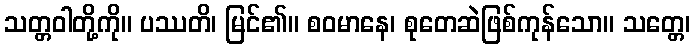
သတ္တဝါတို့ကို။ ပဿတိ၊ မြင်၏။ စဝမာနေ၊ စုတေဆဲဖြစ်ကုန်သော။ သတ္တေ၊